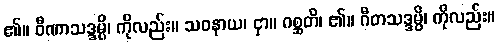
၏။ ဝီဏာသဒ္ဒမ္ပိ၊ ကိုလည်း။ သဝနာယ၊ ငှာ။ ဂစ္ဆတိ၊ ၏။ ဂီတသဒ္ဒမ္ပိ၊ ကိုလည်း။